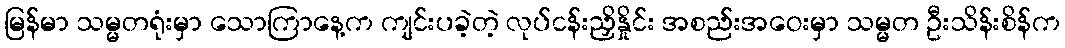
မြန်မာ သမ္မတရုံးမှာ သောကြာနေ့က ကျင်းပခဲ့တဲ့ လုပ်ငန်းညှိနှိုင်း အစည်းအဝေးမှာ သမ္မတ ဦးသိန်းစိန်က